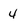
Character: 4